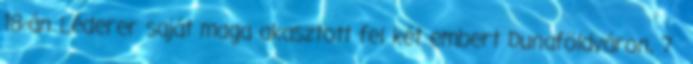
18-án Léderer saját maga akasztott fel két embert Dunaföldváron, 7